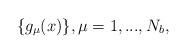
LaTeX: \begin{align*} \{g_\mu(x)\}, \mu =1,...,N_b,\end{align*}